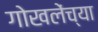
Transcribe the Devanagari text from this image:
गोखलेंच्या